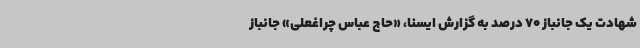
شهادت یک جانباز 70 درصد به گزارش ایسنا، «حاج عباس چراغعلی» جانباز